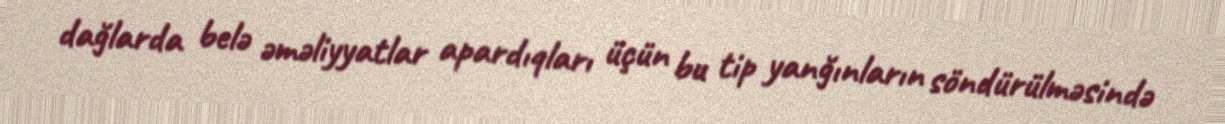
dağlarda belə əməliyyatlar apardıqları üçün bu tip yanğınların söndürülməsində